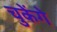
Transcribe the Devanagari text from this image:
चुकेंगे